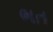
ભત